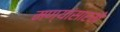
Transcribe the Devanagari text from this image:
मण्यांसारखे